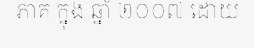
ភាគ ក្នុង ឆ្នាំ ២០០៧ ដោយ